Report of the Indian Hemp Drugs Commission, 1894-1895 - Volume VII
Year: 1894
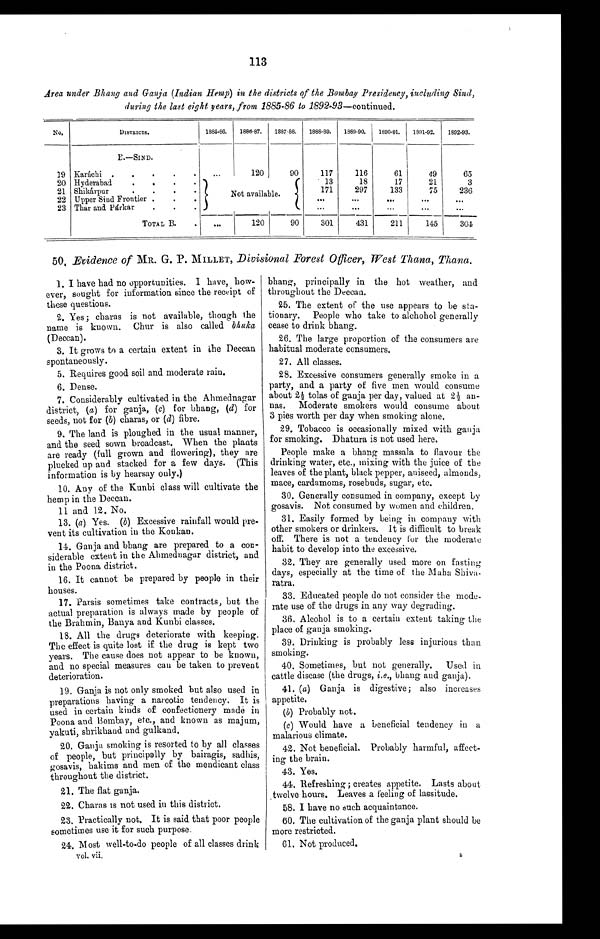
113
Area under Bhang and Ganja ( Indian Hemp) in the districts of the Bombay Presidency, including Sind,
during the last eight years, from 1885-86 to 1892-93—continued.
N o .
D I S T R I C T S .
1885-86.
1888-87.
1887-88.
1888-89.
1889-90.
1890-91.
1891-92.
1892-93.
B . — S I N D .
19 Karáchi . . .
. . .
120
90
117
116
61
49
65
20 Hyderabad . . .
Not available.
13
18
17
21
3
21 Shikárpur . . .
171
297
133
75
236
22 Upper Sind Frontier . . .
. . .
. . .
. . .
. . .
. . .
23 Thar and Párkar . . .
. . .
. . .
. . .
. . .
. . .
TOTAL B . . .
. . .
120
90
301
431
211
145
304
50. Evidence of MR. G. P. MILLET, Divisional Forest Officer, West Thana, Thana.
1. I have had no opportunities. I have, how
- e v e r , s o u g h t f o r i n f o r m a t i o n s i n c e t h e r e c e i p t o f
these questions.
2. Yes; charas is not available, though the
name is known. Chur is also called b h u k a
(Deccan).
3. It grows to a certain extent in the Deccan
spontaneously.
5. Requires good soil and moderate rain.
6. Dense.
7. Considerably cultivated in the Ahmednagar
district, ( a ) for ganja, (c) for bhang, (d) for
seeds, not for (b) charas, or (d) fibre.
9. The land is ploughed in the usual manner,
and the seed sown broadcast. When the plants
are ready (full grown and flowering), they are
plucked up and stacked for a few days. (This
information is by hearsay only.)
10. Any of the Kunbi class will cultivate the
hemp in the Deccan.
11 and 12. No.
13. (a ) Yes. (b) Excessive rainfall would pre
-vent its cultivation in the Konkan.
14. Ganja and bhang are prepared to a con
- s i d e r a b l e e x t e n t i n t h e A h m e d n a g a r d i s t r i c t , a n d
in the Poona district.
16. It cannot be prepared by people in their
houses.
17. Parsis sometimes take contracts, but the
actual preparation is always made by people of
the Brahmin, Banya and Kunbi classes.
18. All the drugs deteriorate with keeping.
The effect is quite lost if the drug is kept two
years. The cause does not appear to be known,
and no special measures can be taken to prevent
deterioration.
19. Ganja is not only smoked but also used in
preparations having a narcotic tendency. It is
used in certain kinds of confectionery made in
Poona and Bombay, etc., and known as majum,
yakuti, shrikhand and gulkand.
20. Ganja smoking is resorted to by all classes
of people, but principally by bairagis, sadhis,
gosavis, hakims and men of the mendicant class
throughout the district.
21. The flat ganja.
22. Charas is not used in this district.
23. Practically not. It is said that poor people
sometimes use it for such purpose.
24. Most well-to-do people of all classes drink
vol. vii.
bhang, principally in the hot weather, and
throughout the Deccan.
25. The extent of the use appears to be sta
- t i o n a r y .
P e o p l e w h o t a k e t o a l c h o h o l g e n e r a l l y
cease to drink bhang.
26. The large proportion of the consumers are
habitual moderate consumers.
27. All classes.
28. Excessive consumers generally smoke in a
party, and a party of five men would consume
about 2½ tolas of ganja per day, valued at 2½
an-nas. Moderate smokers would consume about
3 pies worth per day when smoking alone.
29. Tobacco is occasionally mixed with ganja
for smoking. Dhatura is not used here.
People make a bhang massala to flavour the
drinking water, etc., mixing with the juice of the
leaves of the plant, black pepper, aniseed, almonds,
mace, cardamoms, rosebuds, sugar, etc.
30. Generally consumed in company, except by
gosavis. Not consumed by women and children.
31. Easily formed by being in company with
other smokers or drinkers. It is difficult to break
off. There is not a tendency for the moderate
habit to develop into the excessive.
32. They are generally used more on fasting
days, especially at the time of the Maha Shiva
- r a t r a .
33. Educated people do not consider the
mode-rate use of the drugs in any way degrading.
36. Alcohol is to a certain extent taking the
place of ganja smoking.
39. Drinking is probably less injurious than
smoking.
40. Sometimes, but not generally. Used in
cattle disease (the drugs, i.e., bhang and ganja).
41. ( a ) Ganja is digestive; also increases
appetite.
(b) Probably not.
( c ) Would have a beneficial tendency in a
malarious climate.
42. Not beneficial. Probably harmful, affect
-ing the brain.
43. Yes.
44. Refreshing; creates appetite. Lasts about
twelve hours. Leaves a feeling of lassitude.
58. I have no such acquaintance.
60. The cultivation of the ganja plant should be
more restricted.
61. Not produced.